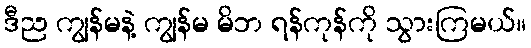
ဒီည ကျွန်မနဲ့ ကျွန်မ မိဘ ရန်ကုန်ကို သွားကြမယ်။